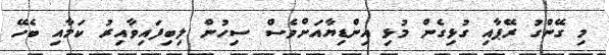
މި ގޭންގު ރޭޕާއި ގުޅިގެން މުޅި އިންޑިޔާއަށްވެސް ސިހުން ލިބިފައިވާއިރު ކަމާއި ބެހޭ